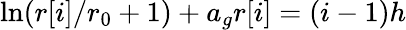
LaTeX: \ln(r[i]/r_{0}+1)+a_{g}r[i]=(i-1){h}